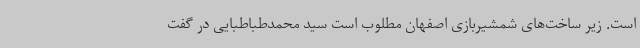
است. زیر ساخت‌های شمشیربازی اصفهان مطلوب است سید محمدطباطبایی در گفت